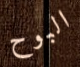
البوح